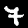
Label: 7